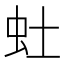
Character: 𫊥